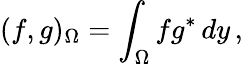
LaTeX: (f,g)_{\Omega}=\int_{\Omega}fg^{*}\, dy\, ,